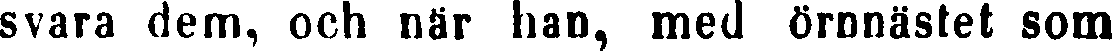
svara dem, och när han, med örnnästet som